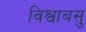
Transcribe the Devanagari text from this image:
विश्वाबसु